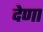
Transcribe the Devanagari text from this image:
देणा